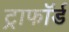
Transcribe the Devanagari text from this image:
ट्राफॉर्ड